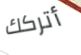
أتركك